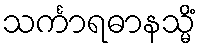
သင်္ကာရဓာနသ္မိံ